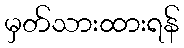
မှတ်သားထားရန်